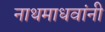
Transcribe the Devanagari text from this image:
नाथमाधवांनी